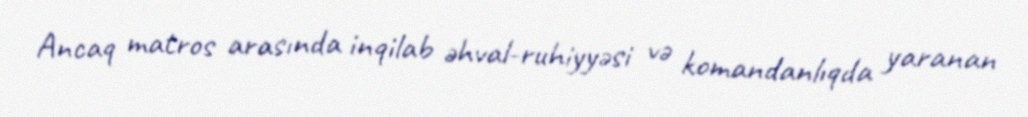
Ancaq matros arasında inqilab əhval-ruhiyyəsi və komandanlıqda yaranan